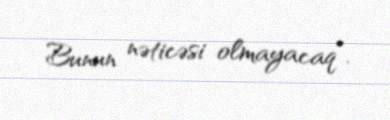
Bunun nəticəsi olmayacaq”.